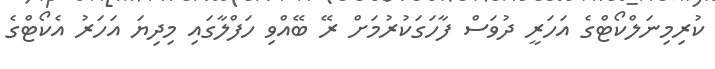
ކުރިމިނަލްކޯޓްގެ އަހަރީ ދުވަސް ފާހަގަކުރުމަށް ރޭ ބޭއްވި ހަފްލާގައި މިދިޔަ އަހަރު އެކޯޓްގެ